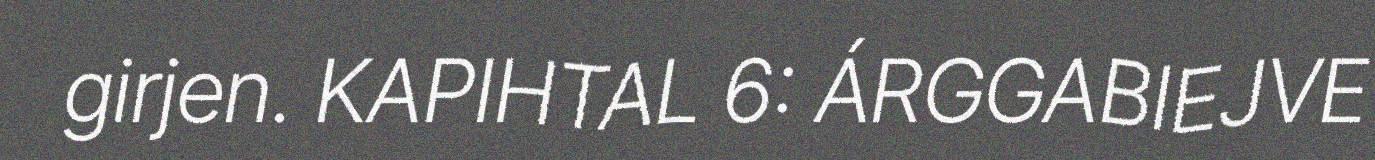
girjen. KAPIHTAL 6: ÁRGGABIEJVE